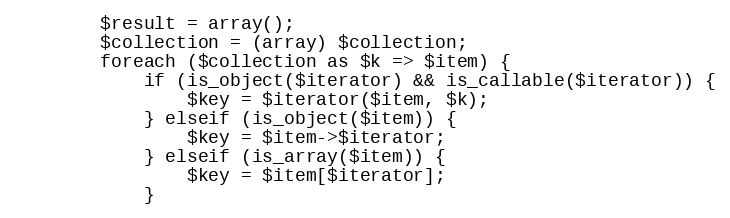
Language: PHP
        $result = array();
        $collection = (array) $collection;
        foreach ($collection as $k => $item) {
            if (is_object($iterator) && is_callable($iterator)) {
                $key = $iterator($item, $k);
            } elseif (is_object($item)) {
                $key = $item->$iterator;
            } elseif (is_array($item)) {
                $key = $item[$iterator];
            }